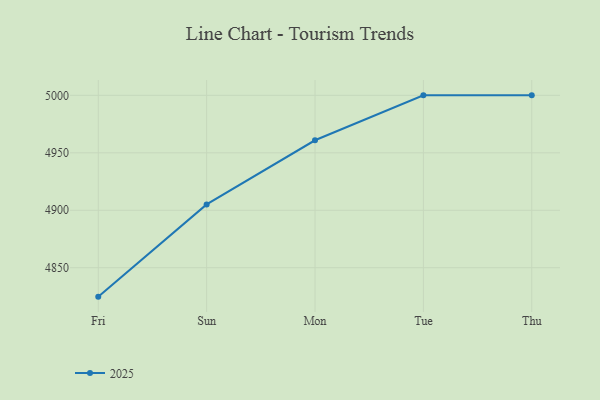
{"axis": {"x": "Day", "y": "Demand Index"}, "legend": ["2025"], "data": [{"x": "Fri", "y": 4824.8, "type": "2025"}, {"x": "Sun", "y": 4905.1, "type": "2025"}, {"x": "Mon", "y": 4960.9, "type": "2025"}, {"x": "Tue", "y": 5000, "type": "2025"}, {"x": "Thu", "y": 5000, "type": "2025"}]}